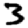
Digit: 3